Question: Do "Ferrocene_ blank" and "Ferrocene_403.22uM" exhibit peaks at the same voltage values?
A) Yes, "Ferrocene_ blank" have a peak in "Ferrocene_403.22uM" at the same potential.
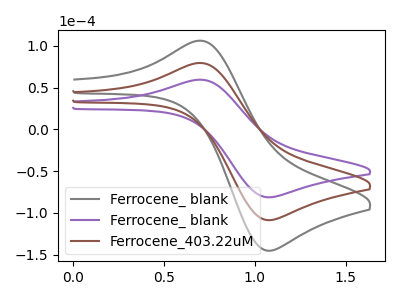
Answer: <think>The gray curve "Ferrocene_ blank" has an anodic peak at (0.70V, 158.45uA) and a cathodic peak at (1.05V, -217.55uA). The purple curve "Ferrocene_ blank" has an anodic peak at (0.70V, 59.25uA) and a cathodic peak at (1.05V, -81.40uA). The brown curve "Ferrocene_403.22uM" has an anodic peak at (0.70V, 79.20uA) and a cathodic peak at (1.05V, -108.75uA).</think>
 <answer>A) Yes, "Ferrocene_ blank" have a peak in "Ferrocene_403.22uM" at the same potential.</answer>
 <eval>A</eval>